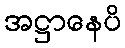
အဋ္ဌာနေပိ